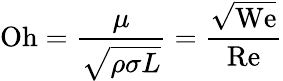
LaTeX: \mathrm{Oh}={\frac{\mu}{\sqrt{\rho\sigma L}}}={\frac{\sqrt{\mathrm{We}}}{\mathrm{Re}}}